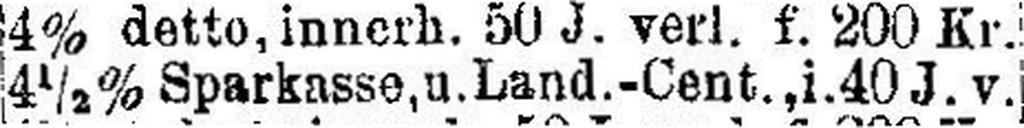
4½% Sparkasse, u. Land.-Cent., i. 40 J.v.